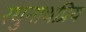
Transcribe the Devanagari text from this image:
रघुनाथप्रिय